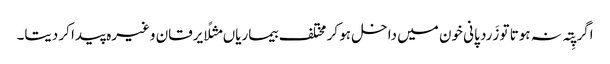
اگر پِتہ نہ ہوتا تو زَرد پانی خون میں داخل ہو کر مختلف بیماریاں مثلًا یرقان وغیرہ پیدا کر دیتا۔